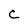
Character: C